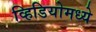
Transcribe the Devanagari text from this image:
व्हिडियोमध्ये